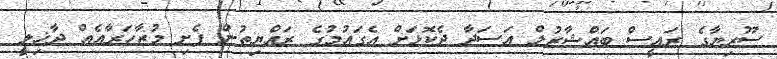
ސޫރިޔާގެ ރައީސް ބައްޝާރުލް އަސަދާ ދެކޮޅަށް އެގައުމުގެ ރައްޔިތުން ފެށި މުޒާހަރާއެއް ދާޚިލީ